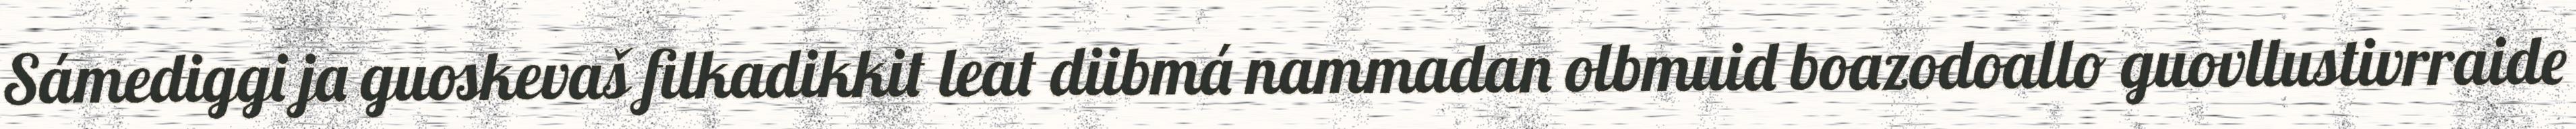
Sámediggi ja guoskevaš filkadikkit leat diibmá nammadan olbmuid boazodoallo guovllustivrraide